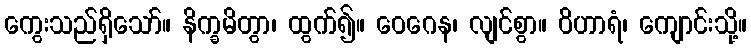
ကွေးသည်ရှိသော်။ နိက္ခမိတွာ၊ ထွက်၍။ ဝေဂေန၊ လျင်စွာ။ ဝိဟာရံ၊ ကျောင်းသို့။